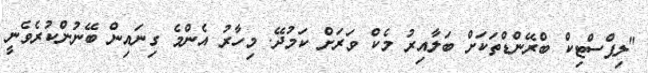
"ލިޕްސްޓިކް ބްރޭންޑްތަކަށް ބަލާއިރު މެކް ވަރަށް ކަމުދޭ. މިހާރު އެންމެ ގިނައިން ބޭނުންކުރެވެނީ